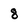
Character: 8